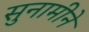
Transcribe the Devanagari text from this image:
सुनामीने